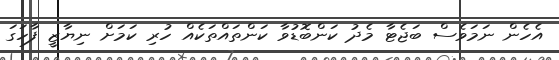
އެހެން ނަމަވެސް ބަޖެޓާ މެދު ކަންބޮޑުވާ ކަންތައްތަކެއް ހުރި ކަމަށް ނިޔާޒީ ފާހަގަ